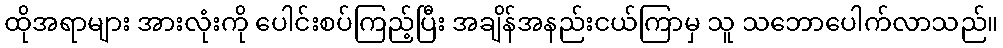
ထိုအရာများ အားလုံးကို ပေါင်းစပ်ကြည့်ပြီး အချိန်အနည်းငယ်ကြာမှ သူ သဘောပေါက်လာသည်။